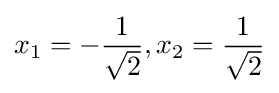
x_{1}=-{\frac {1}{\sqrt {2}}},x_{2}={\frac {1}{\sqrt {2}}}